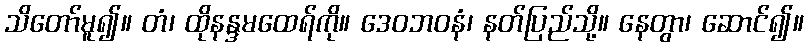
သိတော်မူ၍။ တံ၊ ထိုနန္ဒမထေရ်ကို။ ဒေဝဘဝနံ၊ နတ်ပြည်သို့။ နေတွာ၊ ဆောင်၍။